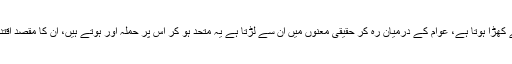
جو کوئی بھی ان کے مفادات کو ٹھیس پہنچاتا ہے، ان کے سامنے کھڑا ہوتا ہے، عوام کے درمیان رہ کر حقیقی معنوں میں ان سے لڑتا ہے یہ متحد ہو کر اس پر حملہ آور ہوتے ہیں، ان کا مقصد اقتدار میں رہتے ہوئے صرف اور صرف مال و دولت جمع کرنا ہے۔